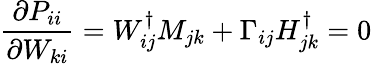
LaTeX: \frac{\partial P_{ii}}{\partial W_{ki}}=W_{ij}^{\dagger}M_{jk}+\Gamma_{ij}H_{jk}^{\dagger}=0